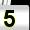
Digit: 5